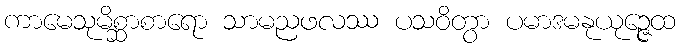
ကာမေသုမိစ္ဆာစာရော သာမညဖလဿ ပသဝိတွာ ပမာဒမနုယုဉ္ဇေထ